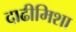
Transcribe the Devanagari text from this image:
दाढीमिशा